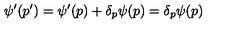
\psi ^ { \prime } ( p ^ { \prime } ) = \psi ^ { \prime } ( p ) + \delta _ { p } \psi ( p ) = \delta _ { p } \psi ( p )